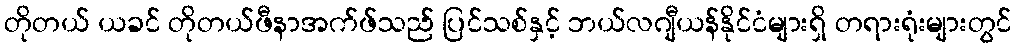
တိုတယ် ယခင် တိုတယ်ဖီနာအက်ဖ်သည် ပြင်သစ်နှင့် ဘယ်လဂျီယန်နိုင်ငံများရှိ တရားရုံးများတွင်